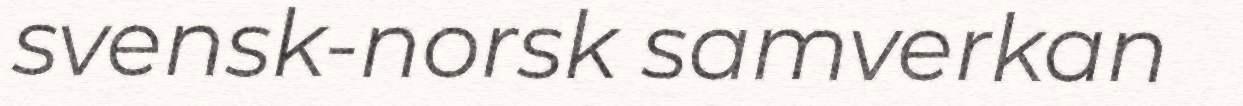
svensk-norsk samverkan